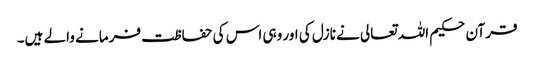
قرآن حکیم اللہ تعالی نے نازل کی اور وہی اس کی حفاظت فرمانے والے ہیں۔